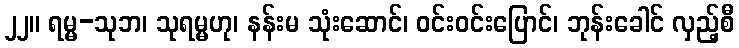
၂၂။ ရမ္မ-သုဘ၊ သုရမ္မဟု၊ နန်းမ သုံးဆောင်၊ ဝင်းဝင်းပြောင်၊ ဘုန်းခေါင် လှည့်စီ